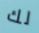
لك